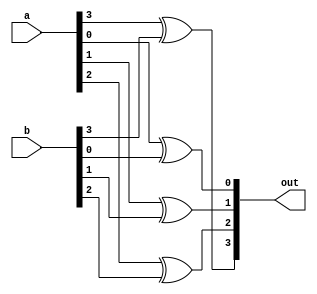
module four_xor(a, b, out);

input [3:0]a;
input [3:0]b;
output [3:0]out;

xor  zero(out[0], a[0], b[0]);
xor one(out[1], a[1], b[1]);
xor two(out[2], a[2], b[2]);
xor three(out[3], a[3], b[3]);

endmodule